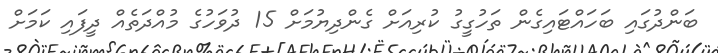
ބަންދުގައި ބަހައްޓައިގެން ތަހުގީގު ކުރިއަށް ގެންދިޔުމަށް 15 ދުވަހުގެ މުއްދަތެއް ދީފައި ކަމަށް